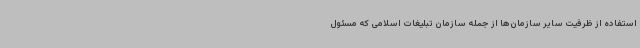
استفاده از ظرفیت سایر سازمان‌ها از جمله سازمان تبلیغات اسلامی که مسئول